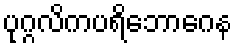
ပုဂ္ဂလိကပရိဘောဂေန